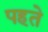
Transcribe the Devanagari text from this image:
पहते